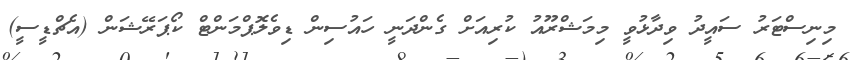
މިނިސްޓަރު ސައީދު ވިދާޅުވީ މިމަޝްރޫއު ކުރިއަށް ގެންދަނީ ހައުސިން ޑިވެލޮޕްމަންޓް ކޯޕަރޭޝަން (އެޗްޑީސީ)